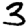
Digit: 3